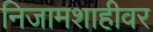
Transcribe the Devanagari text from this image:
निजामशाहीवर